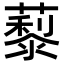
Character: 𦿾